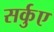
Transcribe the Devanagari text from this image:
सर्कुए